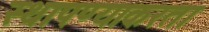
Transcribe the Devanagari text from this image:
स्थापण्याकरता